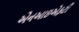
એનઆઇએફટી